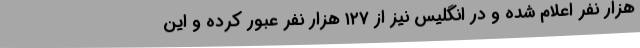
هزار نفر اعلام شده و در انگلیس نیز از ۱۲۷ هزار نفر عبور کرده و این